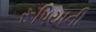
રૂપિયાની